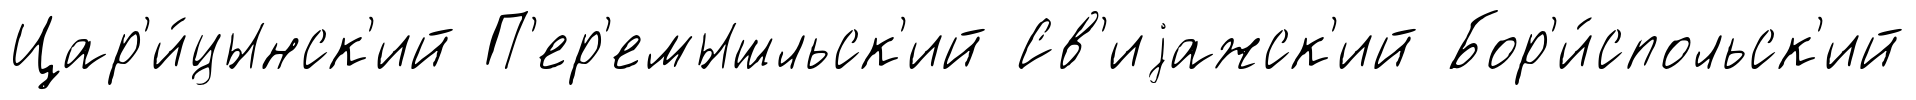
Цар'и́цынск'ий П'ер'емышльск'ий Св'иjажск'ий Бор'и́спольск'ий